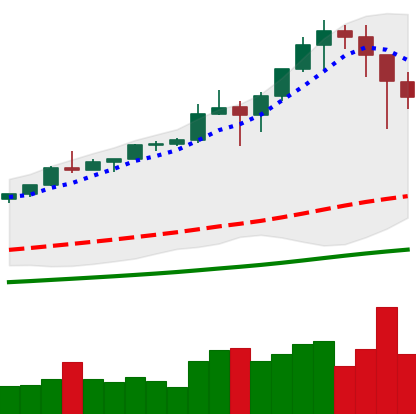
Ticker: BTC-USD
Chart end date: 2021-01-12
Forward return: 5.508%
Label: up_5_7